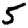
Digit: 5